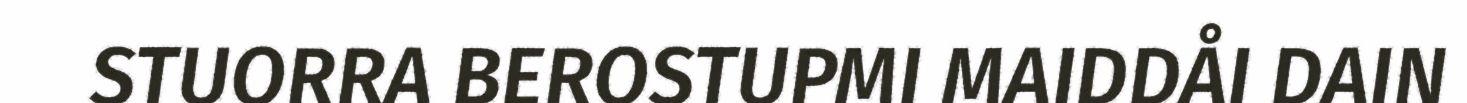
STUORRA BEROSTUPMI MAIDDÅI DAIN